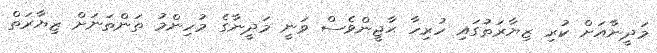
މަދީނާއަށް ކުރި ޒިޔާރަތުގައި ހުރިހާ ޙާޖީންވެސް ވަނީ މަދީނާގެ މުހިންމު ތަންތަނަށް ޒިޔާރަތް